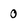
Character: 0